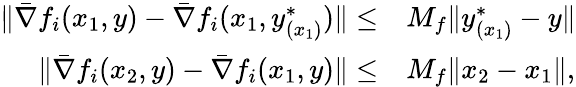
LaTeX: \begin{array}{rl}{\| \bar{\nabla}f_{i}(x_{1},y)-\bar{\nabla}f_{i}(x_{1},y_{(x_{1})}^{\ast})\| \leq}&{M_{f}\| y_{(x_{1})}^{\ast}-y\| }\\ {\| \bar{\nabla}f_{i}(x_{2},y)-\bar{\nabla}f_{i}(x_{1},y)\| \leq}&{M_{f}\| x_{2}-x_{1}\| ,}\end{array}